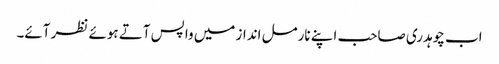
اب چوہدری صاحب اپنے نارمل انداز میں واپس آتے ہوئے نظر آئے۔